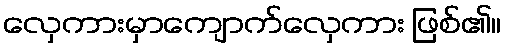
လှေကားမှာကျောက်လှေကား ဖြစ်၏။